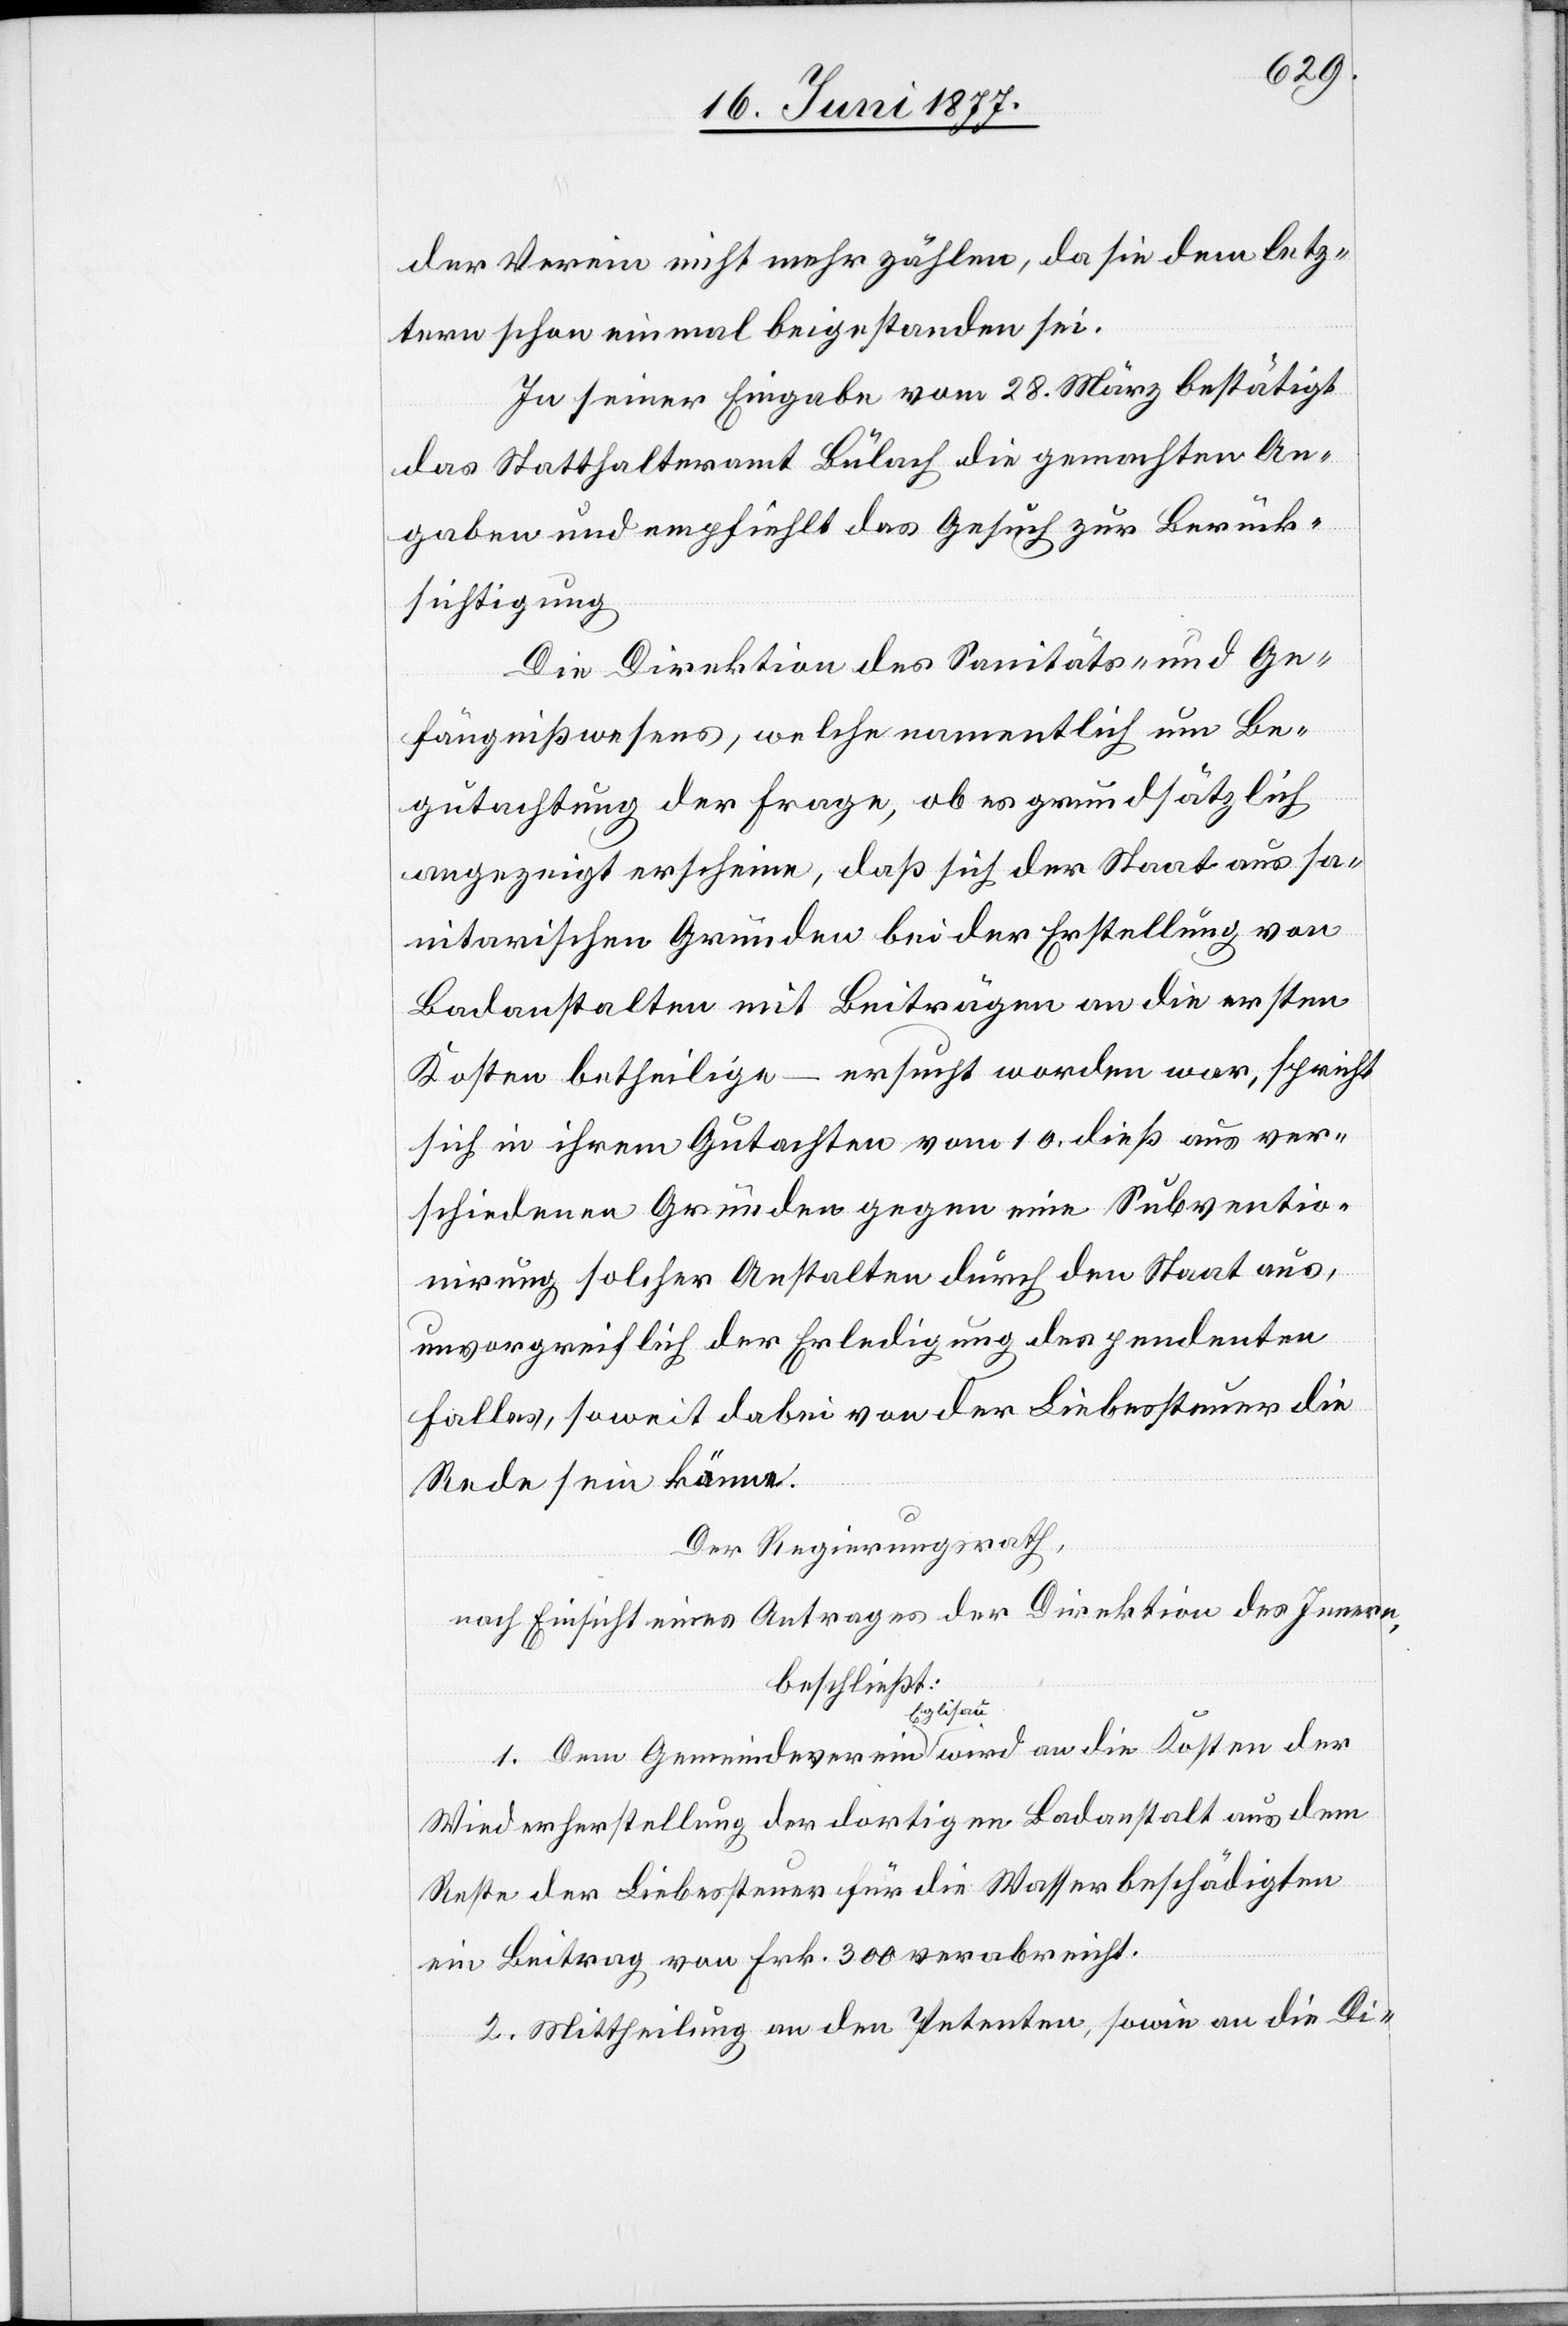
der Verein nicht mehr zählen, da sie dem letz¬
ten schon einmal beigestanden sei.
In seiner Eingabe vom 28. März bestätigt
das Statthalteramt Bülach die gemachten An¬
gaben und empfiehlt das Gesuch zur Berück¬
sichtigung.
Die Direktion des Sanitäts- und Ge¬
fängnißwesens, welche namentlich um Be¬
gutachtung der Frage, ob es grundsätzlich
angezeigt erscheine, daß sich der Staat aus sa¬
nitarischen Gründen bei der Erstellung von
Badanstalten mit Beiträgen an die ersten
Kosten betheilige – ersucht worden war, spricht
sich in ihrem Gutachten vom 10. dieß aus ver¬
schiedenen Gründen gegen eine Subventio¬
nirung solcher Anstalten durch den Staat aus,
unvorgreiflich der Erledigung des pendenten
Falles, soweit dabei von der Liebessteuer die
Rede sein könne.
die
Der Regierungsrath,
nach Einsicht eines Antrages der Direktion des Innern,
beschließt:
a-Eglisau-a
Wiederherstellung der dortigen Badanstalt aus dem
Reste der Liebessteuer für die Wasserbeschädigten
ein Beitrag von Frk. 300 verabreicht.
2. Mittheilung an den Petenten, sowie an die Di-